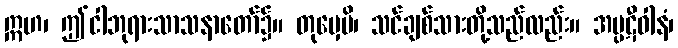
ဣဟ၊ ဤငါဘုရားသာသနာတော်၌။ တုမှေပိ၊ သင်ချစ်သားတို့သည်လည်း။ အပ္ပဋီဝါနံ၊